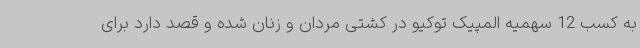
به کسب 12 سهمیه المپیک توکیو در کشتی مردان و زنان شده و قصد دارد برای